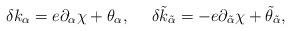
LaTeX: \begin{align*}\delta k_\alpha =e\partial_\alpha \chi +\theta_\alpha , \ \ \ \ \delta\tilde{k}_{\tilde{\alpha}} =-e\partial_{\tilde{\alpha}}\chi +\tilde{\theta}_{\tilde{\alpha}} ,\end{align*}